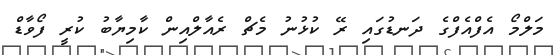
މަލްމޯ އެފްއެފްގެ ދަނޑުގައި ރޭ ކުޅުނު މެޗް ރެއާލްއިން ކާމިޔާބު ކުރީ ފޯވާޑް